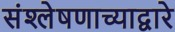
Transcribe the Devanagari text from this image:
संश्लेषणाच्याद्वारे